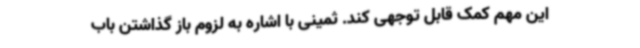
این مهم کمک قابل توجهی کند. ثمینی با اشاره به لزوم باز گذاشتن باب